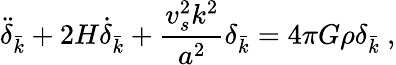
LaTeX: \ddot{\delta}_{\bar{k}}+2H\dot{\delta}_{\bar{k}}+\frac{v_{s}^{2}k^{2}}{a^{2}}\delta_{\bar{k}}=4\pi G\rho\delta_{\bar{k}}~,